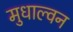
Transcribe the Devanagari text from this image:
मुधाल्वन